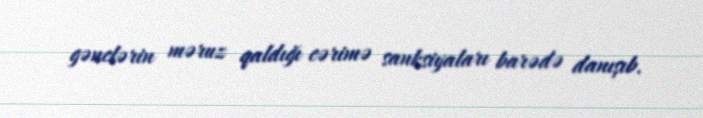
gənclərin məruz qaldığı cərimə sanksiyaları barədə danışıb.